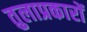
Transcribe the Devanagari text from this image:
तुलाप्रकारों